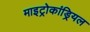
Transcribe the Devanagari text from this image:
माइट्रोकांड्रियल